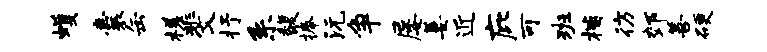
蠖囊缶槎斐抒系馥捧沅争屡萋近庇可班楷彷郊善硬